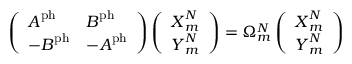
\left( \begin{array} { l l } { \boldsymbol { A } ^ { \mathrm { p h } } } & { \boldsymbol { B } ^ { \mathrm { p h } } } \\ { - \boldsymbol { B } ^ { \mathrm { p h } } } & { - \boldsymbol { A } ^ { \mathrm { p h } } } \end{array} \right) \left( \begin{array} { l } { \boldsymbol { X } _ { m } ^ { N } } \\ { \boldsymbol { Y } _ { m } ^ { N } } \end{array} \right) = \Omega _ { m } ^ { N } \left( \begin{array} { l } { \boldsymbol { X } _ { m } ^ { N } } \\ { \boldsymbol { Y } _ { m } ^ { N } } \end{array} \right)